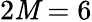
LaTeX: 2\mathit{M}=6